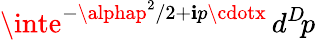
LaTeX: \inte^{-\alphap^{2}/2+\mathbf{i}p\cdotx}\, d^{D}\! p